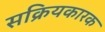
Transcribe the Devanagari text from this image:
सक्रियकारक